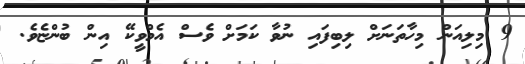
9 މިލިއަން މިހާތަނަށް ލިބިފައި ނުވާ ކަމަށް ވެސް އެމްވީކޭ އިން ބުންޏެވެ.